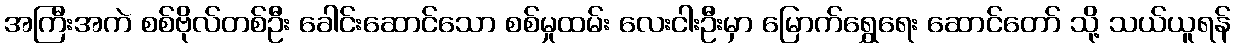
အကြီးအကဲ စစ်ဗိုလ်တစ်ဦး ခေါင်းဆောင်သော စစ်မှုထမ်း လေးငါးဦးမှာ မြောက်ရွှေရေး ဆောင်တော် သို့ သယ်ယူရန်